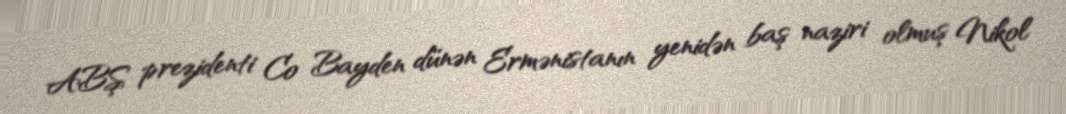
ABŞ prezidenti Co Bayden dünən Ermənistanın yenidən baş naziri olmuş Nikol